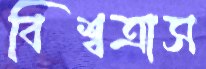
বিশ্বত্রাস